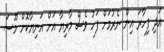
އަދި ފިހާރަ އިން ނެރުމަށް ފަހު ވެސް މާރިޔާ އަށް އަނިޔާކޮށް މޫސަ